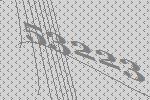
53223